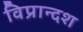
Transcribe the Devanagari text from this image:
विप्रान्दश